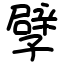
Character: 孹